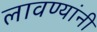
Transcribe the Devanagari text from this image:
लावण्यांनी